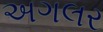
અગલર